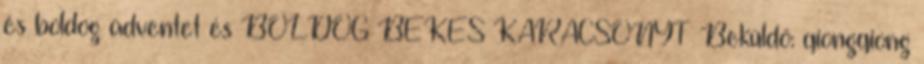
és boldog adventet és BOLDOG BÉKÉS KARÁCSONYT Beküldő: qiongqiong